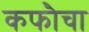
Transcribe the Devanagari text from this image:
कफौचा